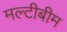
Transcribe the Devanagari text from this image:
मल्टीबीम